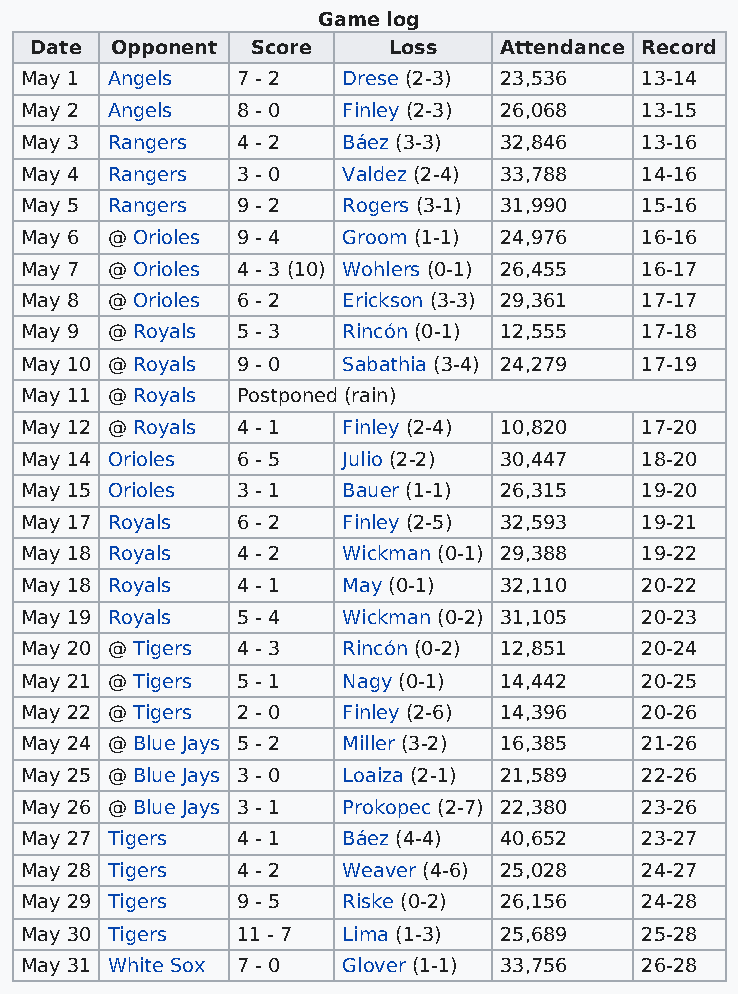
Game log
 Date Opponent  Score    Loss   Attendance Record
 May 1 Angels   7 - 2  Drese (2-3) 23,536 13-14
 May 2 Angels   8 - 0  Finley (2-3) 26,068 13-15
 May 3 Rangers  4 - 2  Báez (3-3) 32,846  13-16
 May 4 Rangers  3 - 0  Valdez (2-4) 33,788 14-16
 May 5 Rangers  9 - 2  Rogers (3-1) 31,990 15-16
 May 6 @ Orioles 9 - 4 Groom (1-1) 24,976 16-16
 May 7 @ Orioles 4 - 3 (10) Wohlers (0-1) 26,455 16-17
 May 8 @ Orioles 6 - 2 Erickson (3-3) 29,361 17-17
 May 9 @ Royals 5 - 3  Rincón (0-1) 12,555 17-18
 May 10 @ Royals 9 - 0 Sabathia (3-4) 24,279 17-19
 May 11 @ Royals Postponed (rain)
 May 12 @ Royals 4 - 1 Finley (2-4) 10,820 17-20
 May 14 Orioles 6 - 5  Julio (2-2) 30,447 18-20
 May 15 Orioles 3 - 1  Bauer (1-1) 26,315 19-20
 May 17 Royals  6 - 2  Finley (2-5) 32,593 19-21
 May 18 Royals  4 - 2  Wickman (0-1) 29,388 19-22
 May 18 Royals  4 - 1  May (0-1) 32,110   20-22
 May 19 Royals  5 - 4  Wickman (0-2) 31,105 20-23
 May 20 @ Tigers 4 - 3 Rincón (0-2) 12,851 20-24
 May 21 @ Tigers 5 - 1 Nagy (0-1) 14,442  20-25
 May 22 @ Tigers 2 - 0 Finley (2-6) 14,396 20-26
 May 24 @ Blue Jays 5 - 2 Miller (3-2) 16,385 21-26
 May 25 @ Blue Jays 3 - 0 Loaiza (2-1) 21,589 22-26
 May 26 @ Blue Jays 3 - 1 Prokopec (2-7) 22,380 23-26
 May 27 Tigers  4 - 1  Báez (4-4) 40,652  23-27
 May 28 Tigers  4 - 2  Weaver (4-6) 25,028 24-27
 May 29 Tigers  9 - 5  Riske (0-2) 26,156 24-28
 May 30 Tigers  11 - 7 Lima (1-3) 25,689  25-28
 May 31 White Sox 7 - 0 Glover (1-1) 33,756 26-28